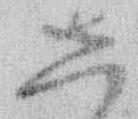
し